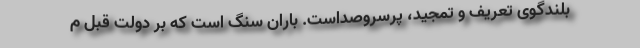
بلندگوی تعریف و تمجید، پرسروصداست. باران سنگ است که بر دولت قبل م